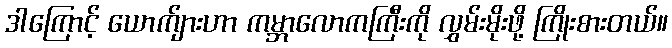
ဒါကြောင့် ယောက်ျားဟာ ကမ္ဘာလောကကြီးကို လွှမ်းမိုးဖို့ ကြိုးစားတယ်။